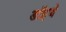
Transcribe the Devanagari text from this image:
डॉइचे